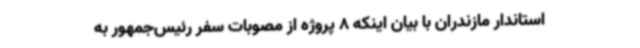
استاندار مازندران با بیان اینکه 8 پروژه از مصوبات سفر رئیس‌جمهور به